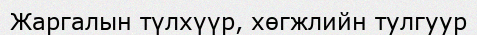
Жаргалын түлхүүр, хөгжлийн тулгуур